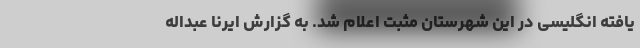
یافته انگلیسی در این شهرستان مثبت اعلام شد. به گزارش ایرنا عبداله